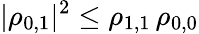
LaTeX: |\rho_{0,1}|^{2}\le\rho_{1,1}\, \rho_{0,0}